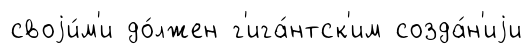
своjи́м'и до́лжен г'ига́нтск'им созда́н'иjи